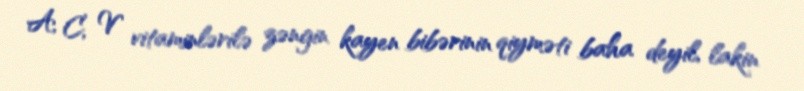
A, C, V vitaminlərilə zəngin kayen bibərinin qiyməti baha deyil, lakin